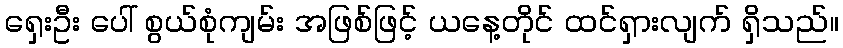
ရှေးဦး ပေါ် စွယ်စုံကျမ်း အဖြစ်ဖြင့် ယနေ့တိုင် ထင်ရှားလျက် ရှိသည်။